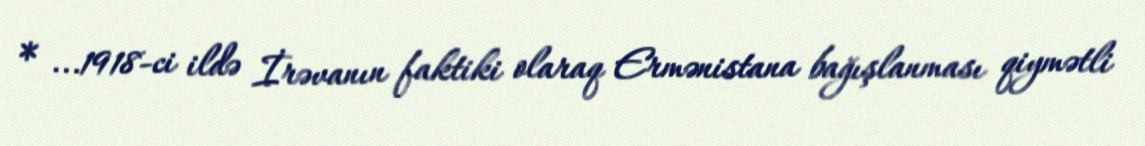
* ...1918-ci ildə İrəvanın faktiki olaraq Ermənistana bağışlanması qiymətli